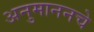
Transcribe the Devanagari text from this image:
अनुमाननचे